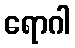
ရောဂါ